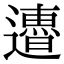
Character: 𨘜